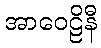
အာဝေဠိနီ